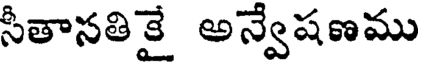
సీతాసతికై అన్వేషణము